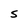
Character: S